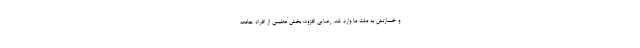
و خسارتش به ملت ما وارد شد. رضایی افزود: بخش عظیمی از افراد جامعه